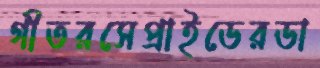
গীতরসেপ্রাইডেরডা